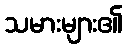
သမားများ၏